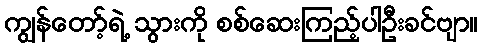
ကျွန်တော့်ရဲ့ သွားကို စစ်ဆေးကြည့်ပါဦးခင်ဗျာ။